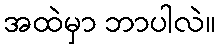
အထဲမှာ ဘာပါလဲ။